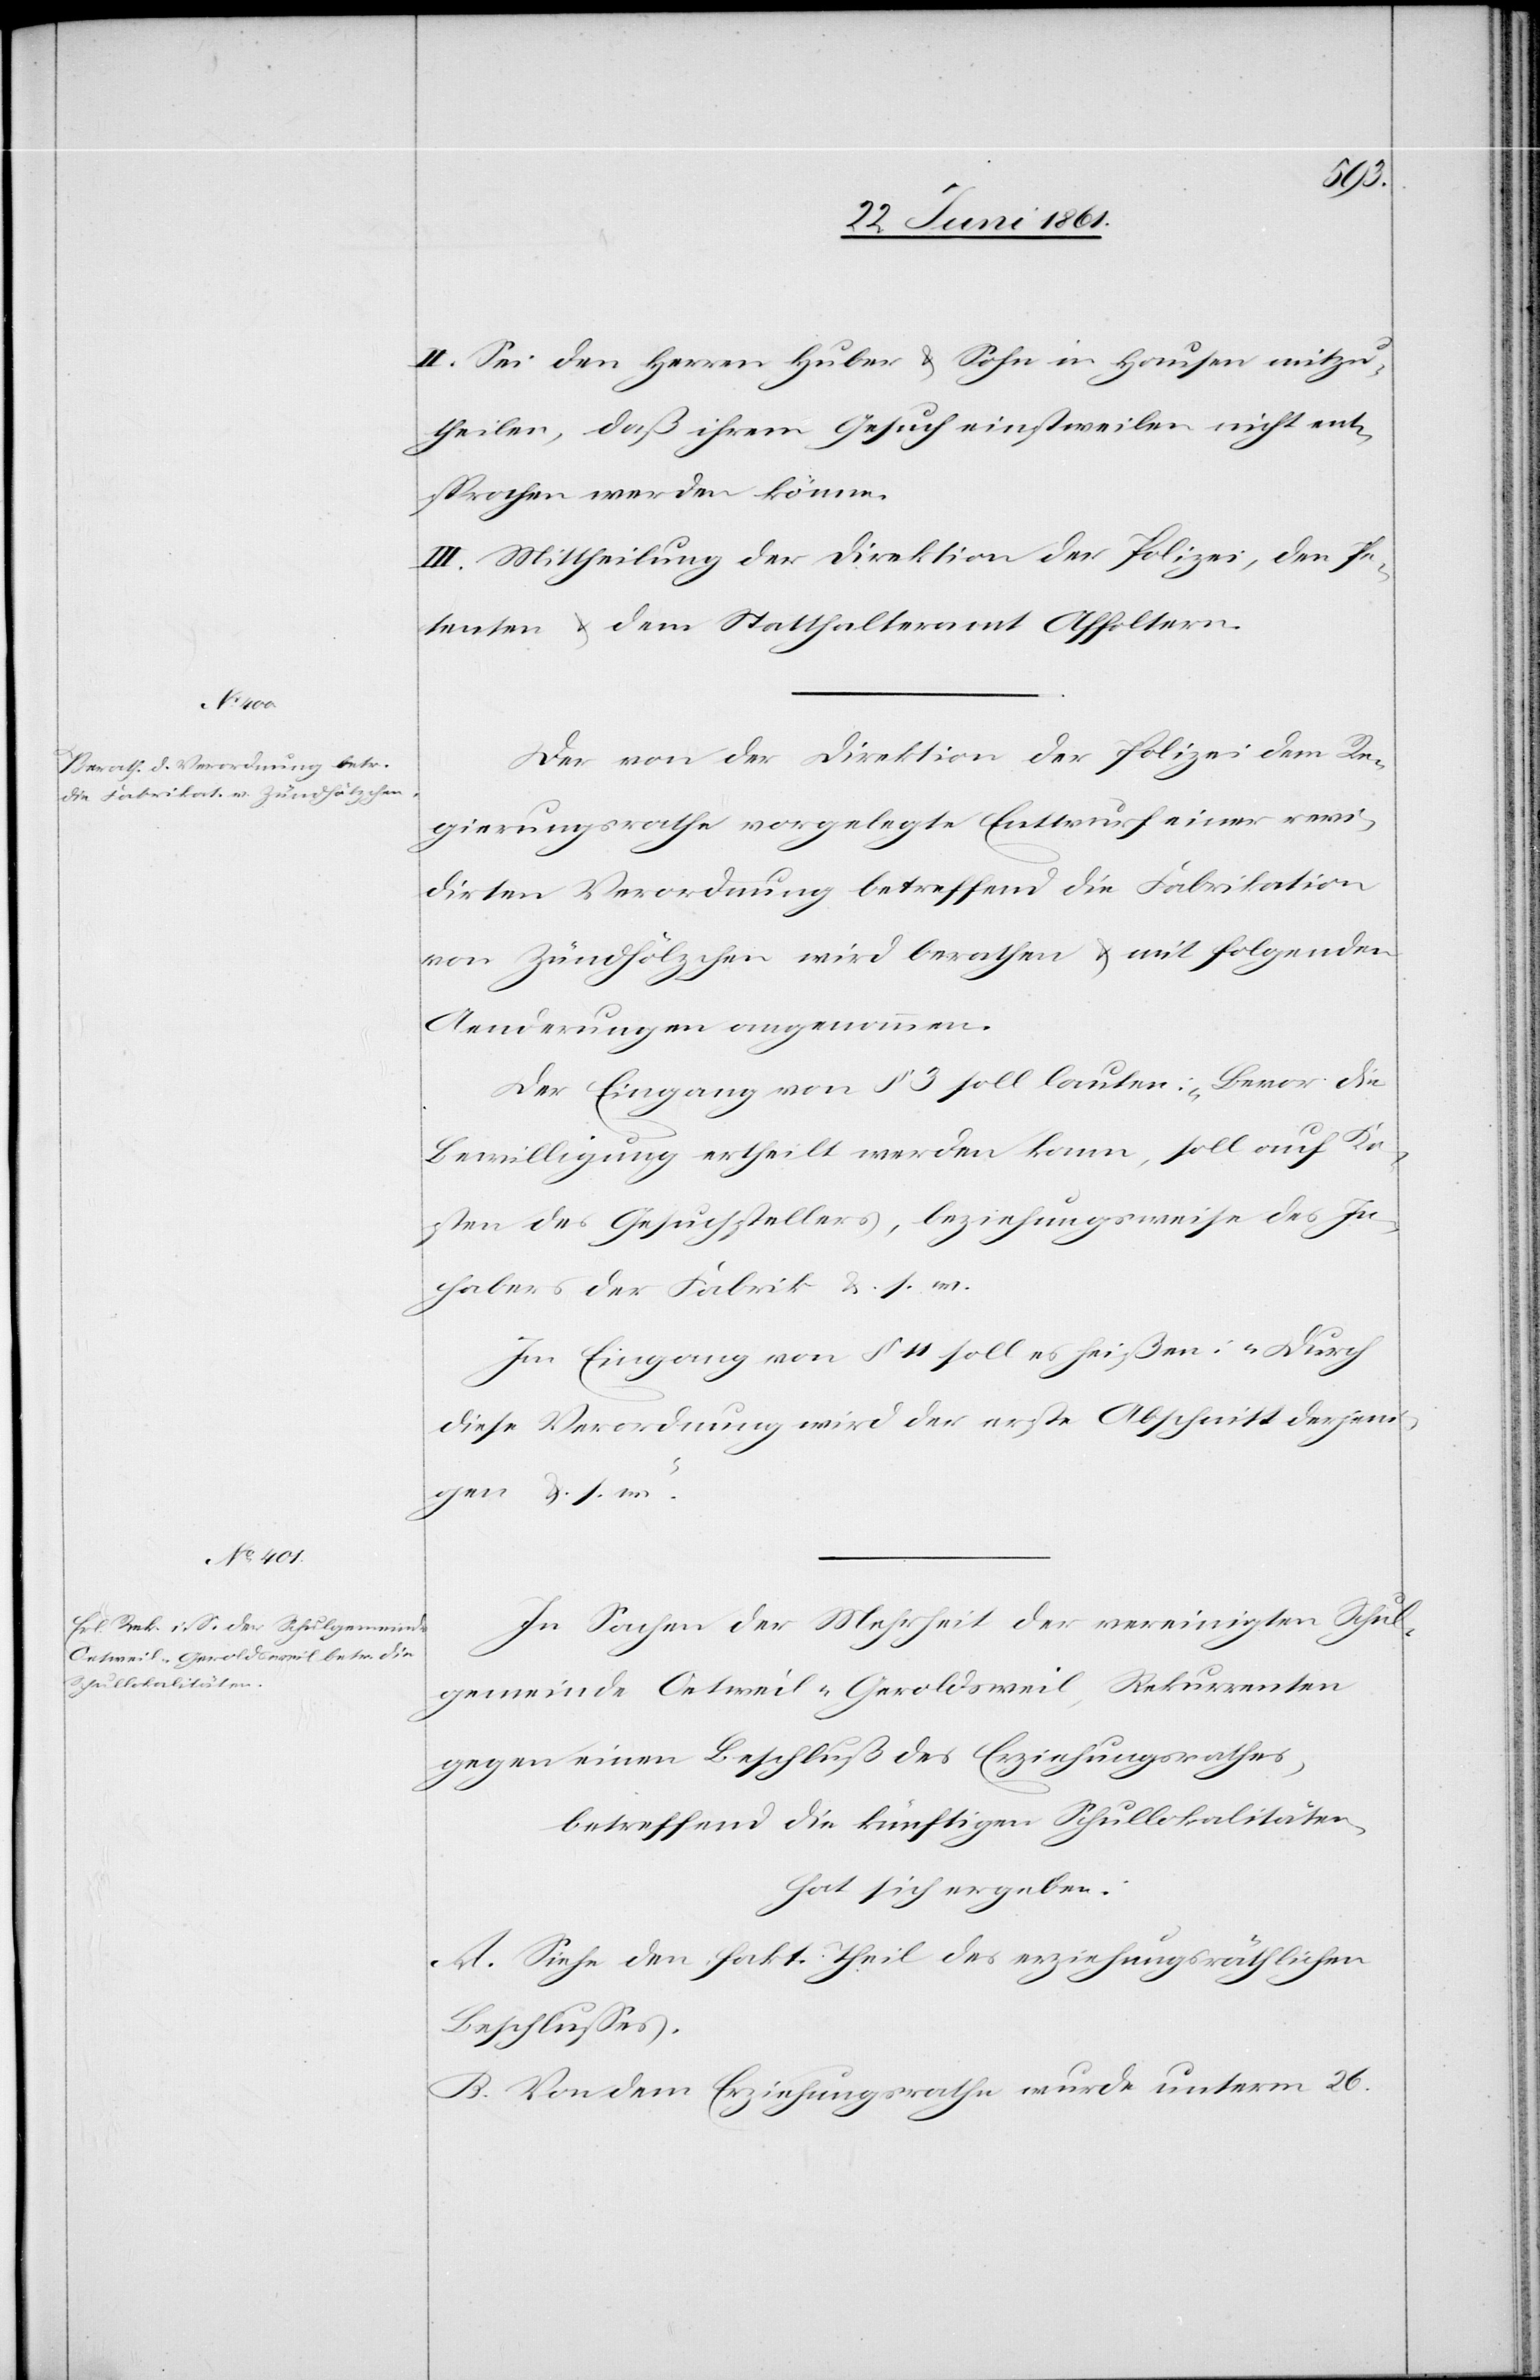
II. Sei den Herren Huber u. Sohn in Hausen mitzu¬
theilen, daß ihrem Gesuch einstweilen nicht ent¬
sprochen werden könne.
III. Mittheilung der Direktion der Polizei, den Pe¬
tenten u. dem Statthalteramt Affoltern.
Der von der Direktion der Polizei dem Re¬
gierungsrathe vorgelegte Entwurf einer revi¬
dirten Verordnung betreffend die Fabrikation
von Zündhölzchen wird berathen u. mit folgenden
Aenderungen angenommen.
Der Eingang von § 3 soll lauten: „Bevor die
Bewilligung ertheilt werden kann, soll auf Ko¬
sten des Gesuchstellers, beziehungsweise des In¬
habers der Fabrik[“] u. s. w.
Im Eingang von § 11 soll es heißen. „Durch
diese Verordnung wird der erste Abschnitt derjeni¬
gen u. s. w.“
In Sachen der Mehrheit der vereinigten Schul¬
gemeinde Oetweil-Geroldsweil, Rekurrenten
gegen einen Beschluß des Erziehungsrathes,
betreffend die künftigen Schullokalitäten,
hat sich ergeben:
A. Siehe den fakt. Theil des erziehungsräthlichen
Beschlusses.
B. Von dem Erziehungsrathe wurde unterm 26.